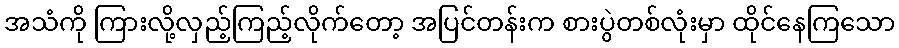
အသံကို ကြားလို့လှည့်ကြည့်လိုက်တော့ အပြင်တန်းက စားပွဲတစ်လုံးမှာ ထိုင်နေကြသော